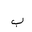
Letter: _ba